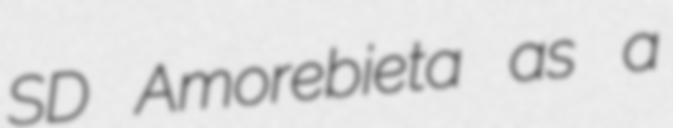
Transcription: SD Amorebieta as a